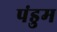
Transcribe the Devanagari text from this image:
पंडुम